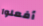
أفعلوا